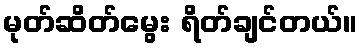
မုတ်ဆိတ်မွေး ရိတ်ချင်တယ်။